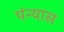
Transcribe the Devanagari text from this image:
पंन्यास